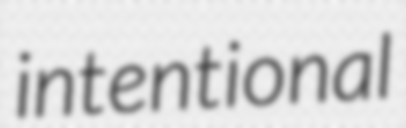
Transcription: intentional